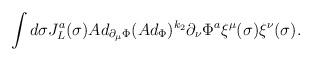
LaTeX: \begin{align*}\int d\sigma J_L^a(\sigma) Ad_{\partial_\mu \Phi}(Ad_\Phi)^{k_2}\partial_\nu\Phi^a \xi^\mu(\sigma)\xi^\nu(\sigma).\end{align*}